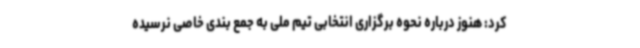
کرد: هنوز درباره نحوه برگزاری انتخابی تیم ملی به جمع بندی خاصی نرسیده